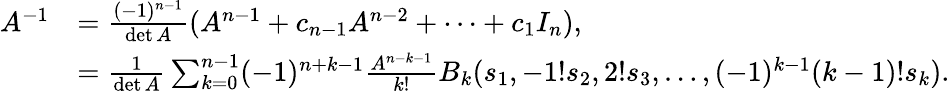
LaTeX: {\begin{array}{rl}{A^{-1}}&{={\frac{(-1)^{n-1}}{\operatorname*{det}A}}(A^{n-1}+c_{n-1}A^{n-2}+\cdots+c_{1}I_{n}),}\\ &{={\frac{1}{\operatorname*{det}A}}\sum_{k=0}^{n-1}(-1)^{n+k-1}{\frac{A^{n-k-1}}{k!}}B_{k}(s_{1},-1!s_{2},2!s_{3},\ldots,(-1)^{k-1}(k-1)!s_{k}).}\end{array}}